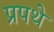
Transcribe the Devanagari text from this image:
प्रपथे